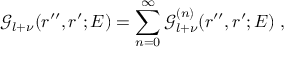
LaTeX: { \mathcal G } _ { l + \nu } ( r ^ { \prime \prime } , r ^ { \prime } ; E ) = \sum _ { n = 0 } ^ { \infty } { \mathcal G } _ { l + \nu } ^ { ( n ) } ( r ^ { \prime \prime } , r ^ { \prime } ; E ) \; ,